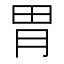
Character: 胃